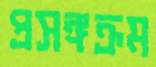
প্রসঙ্গক্রম